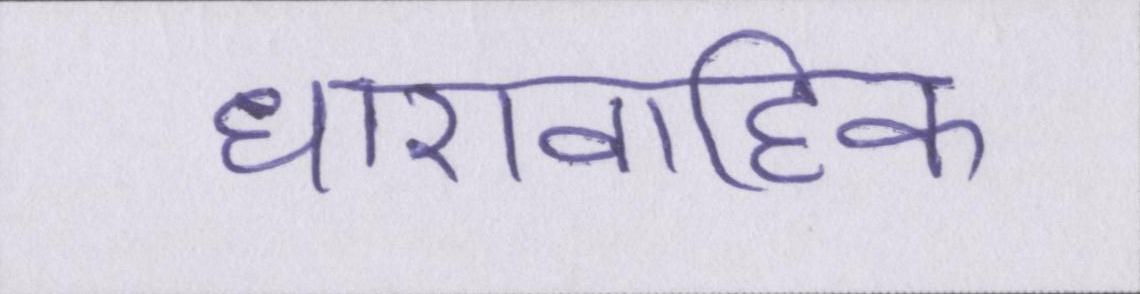
धारावाहिक